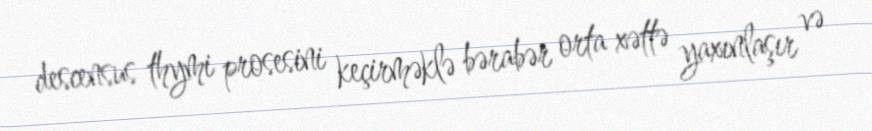
descensus thymi prosesini keçirməklə bərabər orta xəttə yaxınlaşır və